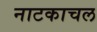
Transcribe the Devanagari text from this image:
नाटकाचल